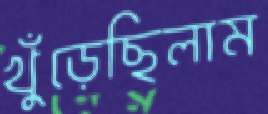
খুঁড়েছিলাম